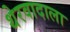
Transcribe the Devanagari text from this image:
थेरवादाला